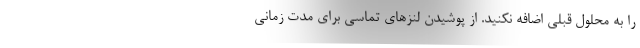
را به محلول قبلی اضافه نکنید. از پوشیدن لنزهای تماسی برای مدت زمانی